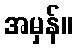
အမှန်။